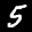
Label: 5